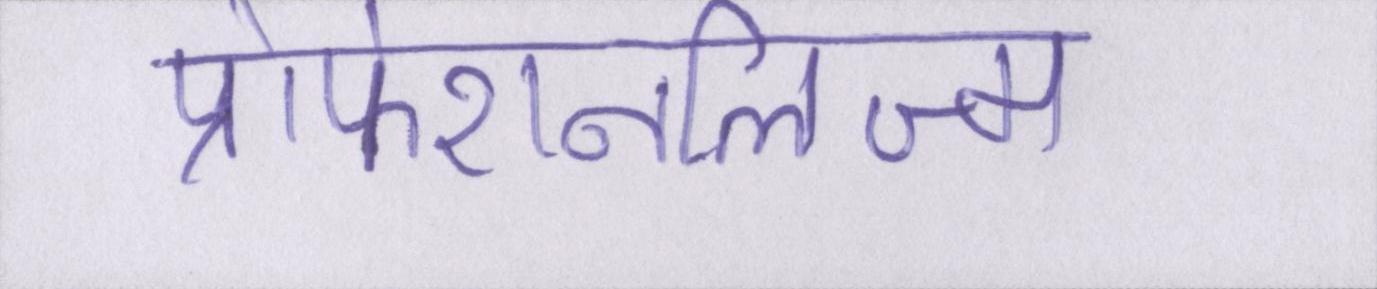
प्रोफेशनलिज्म